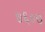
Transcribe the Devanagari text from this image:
७६०७